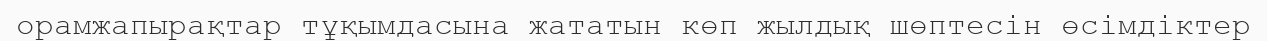
орамжапырақтар тұқымдасына жататын көп жылдық шөптесін өсімдіктер